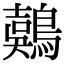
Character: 𪃇